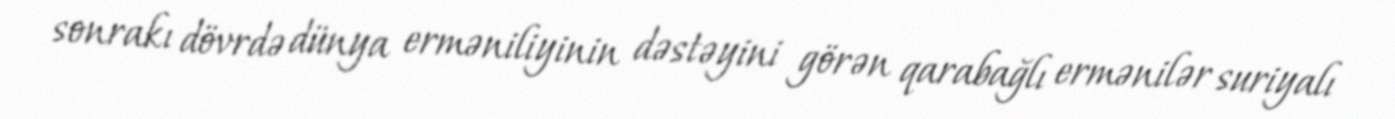
sonrakı dövrdə dünya erməniliyinin dəstəyini görən qarabağlı ermənilər suriyalı